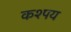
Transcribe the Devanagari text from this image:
कश्पय